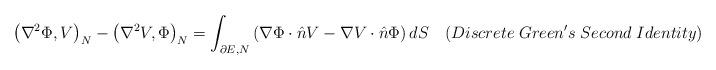
LaTeX: \begin{align*}{\left( {{\nabla ^2}\Phi ,V} \right)_N} - {\left( {{\nabla ^2}V,\Phi } \right)_N} = \int_{\partial E,N} {\left( {\nabla \Phi \cdot \hat nV - \nabla V \cdot \hat n\Phi } \right)dS} \quad(Discrete\; Green's\;Second\; Identity) \end{align*}